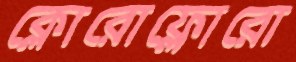
ক্লোরোফ্লোরো